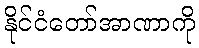
နိုင်ငံတော်အာဏာကို